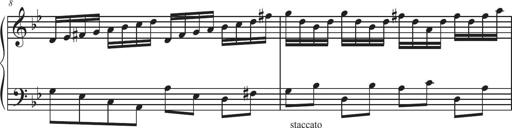
Title: Sonatina Espania
Composer: Jerald Franklin Archer
Key: Various